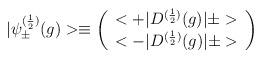
LaTeX: \begin{align*}|{\psi}^{(\frac{1}{2})}_{\pm}(g)>\equiv \left(\begin{array}{c}<+|D^{(\frac{1}{2})}(g)|\pm>\\<-|D^{(\frac{1}{2})}(g)|\pm>\end{array}\right)\,\end{align*}